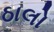
ઠાલો